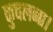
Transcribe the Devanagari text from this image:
कुचलना।